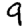
Digit: 9